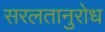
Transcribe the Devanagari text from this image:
सरलतानुरोध